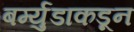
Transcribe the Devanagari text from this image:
बर्म्युडाकडून